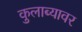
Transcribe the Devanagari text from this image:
कुलाब्यावर